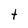
Character: t